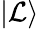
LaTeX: \left|\mathcal{L}\right\rangle